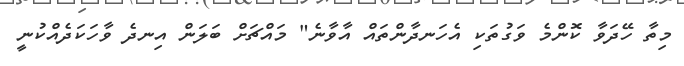
މިތާ ހޭދަވާ ކޮންމެ ވަގުތަކި އެހަނދާންތައް އާވާނެ" މައްޗަށް ބަލަން އިނދެ ވާހަކަދެއްކުނީ